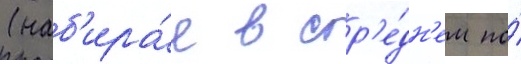
(наб'ира́я в ср'е́дн'ем по́